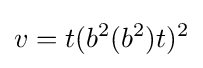
v=t(b^{2}(b^{2})t)^{2}